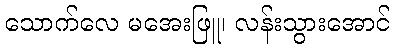
သောက်လေ မအေးဖြူ၊ လန်းသွားအောင်